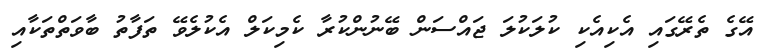
އޭގެ ތެރޭގައި އެކިއެކި ކުލަކުލަ ޖައްސަން ބޭނުންކުރާ ކެމިކަލް އެކުލެވޭ ތަފާތު ބާވަތްތަކާއި